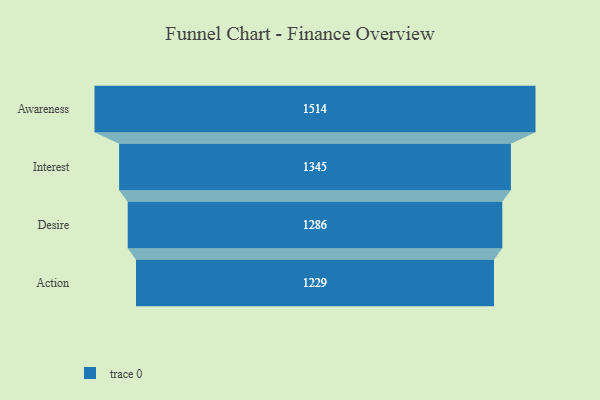
{"axis": {"x": "Stage", "y": "Value"}, "legend": [""], "data": [{"x": "Awareness", "y": 1514.0, "type": ""}, {"x": "Interest", "y": 1345.0, "type": ""}, {"x": "Desire", "y": 1286.0, "type": ""}, {"x": "Action", "y": 1229.0, "type": ""}]}